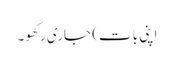
اپنی بات) جاری رکھو۔